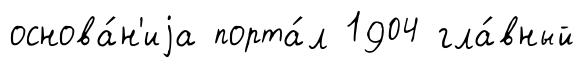
основа́н'иjа порта́л 1904 гла́вный